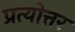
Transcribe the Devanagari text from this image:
प्रत्योत्तर